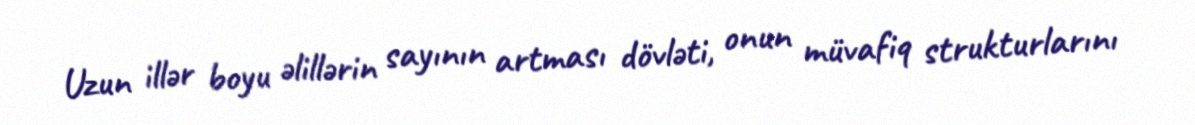
Uzun illər boyu əlillərin sayının artması dövləti, onun müvafiq strukturlarını